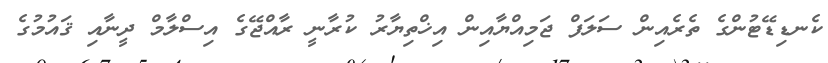
ކެނޑިޑޭޓުންގެ ތެރެއިން ސަލަފް ޖަމިއްޔާއިން އިޚްތިޔާރު ކުރާނީ ރާއްޖޭގެ އިސްލާމް ދީނާއި ޤައުމުގެ